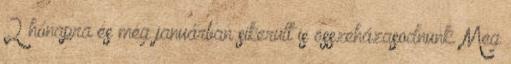
2 hónapra és még januárban sikerült is összeházasodnunk. Meg